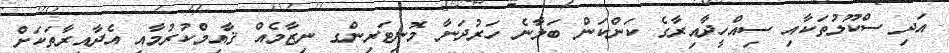
އަދި ސްކޫލުތަކާއި ސިއްހީދާއިރާގެ ކަންކަން ބަލާނެ ހަރުދަނާ މޮނިޓަރިންގ ނިޒާމެއް ޤާއިމްކުރުމާއި އެދާއިރާތަކަށް